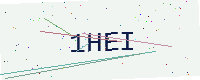
Text: 1HEI